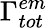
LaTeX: \Gamma_{tot}^{em}